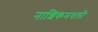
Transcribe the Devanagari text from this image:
नाशिकमधली